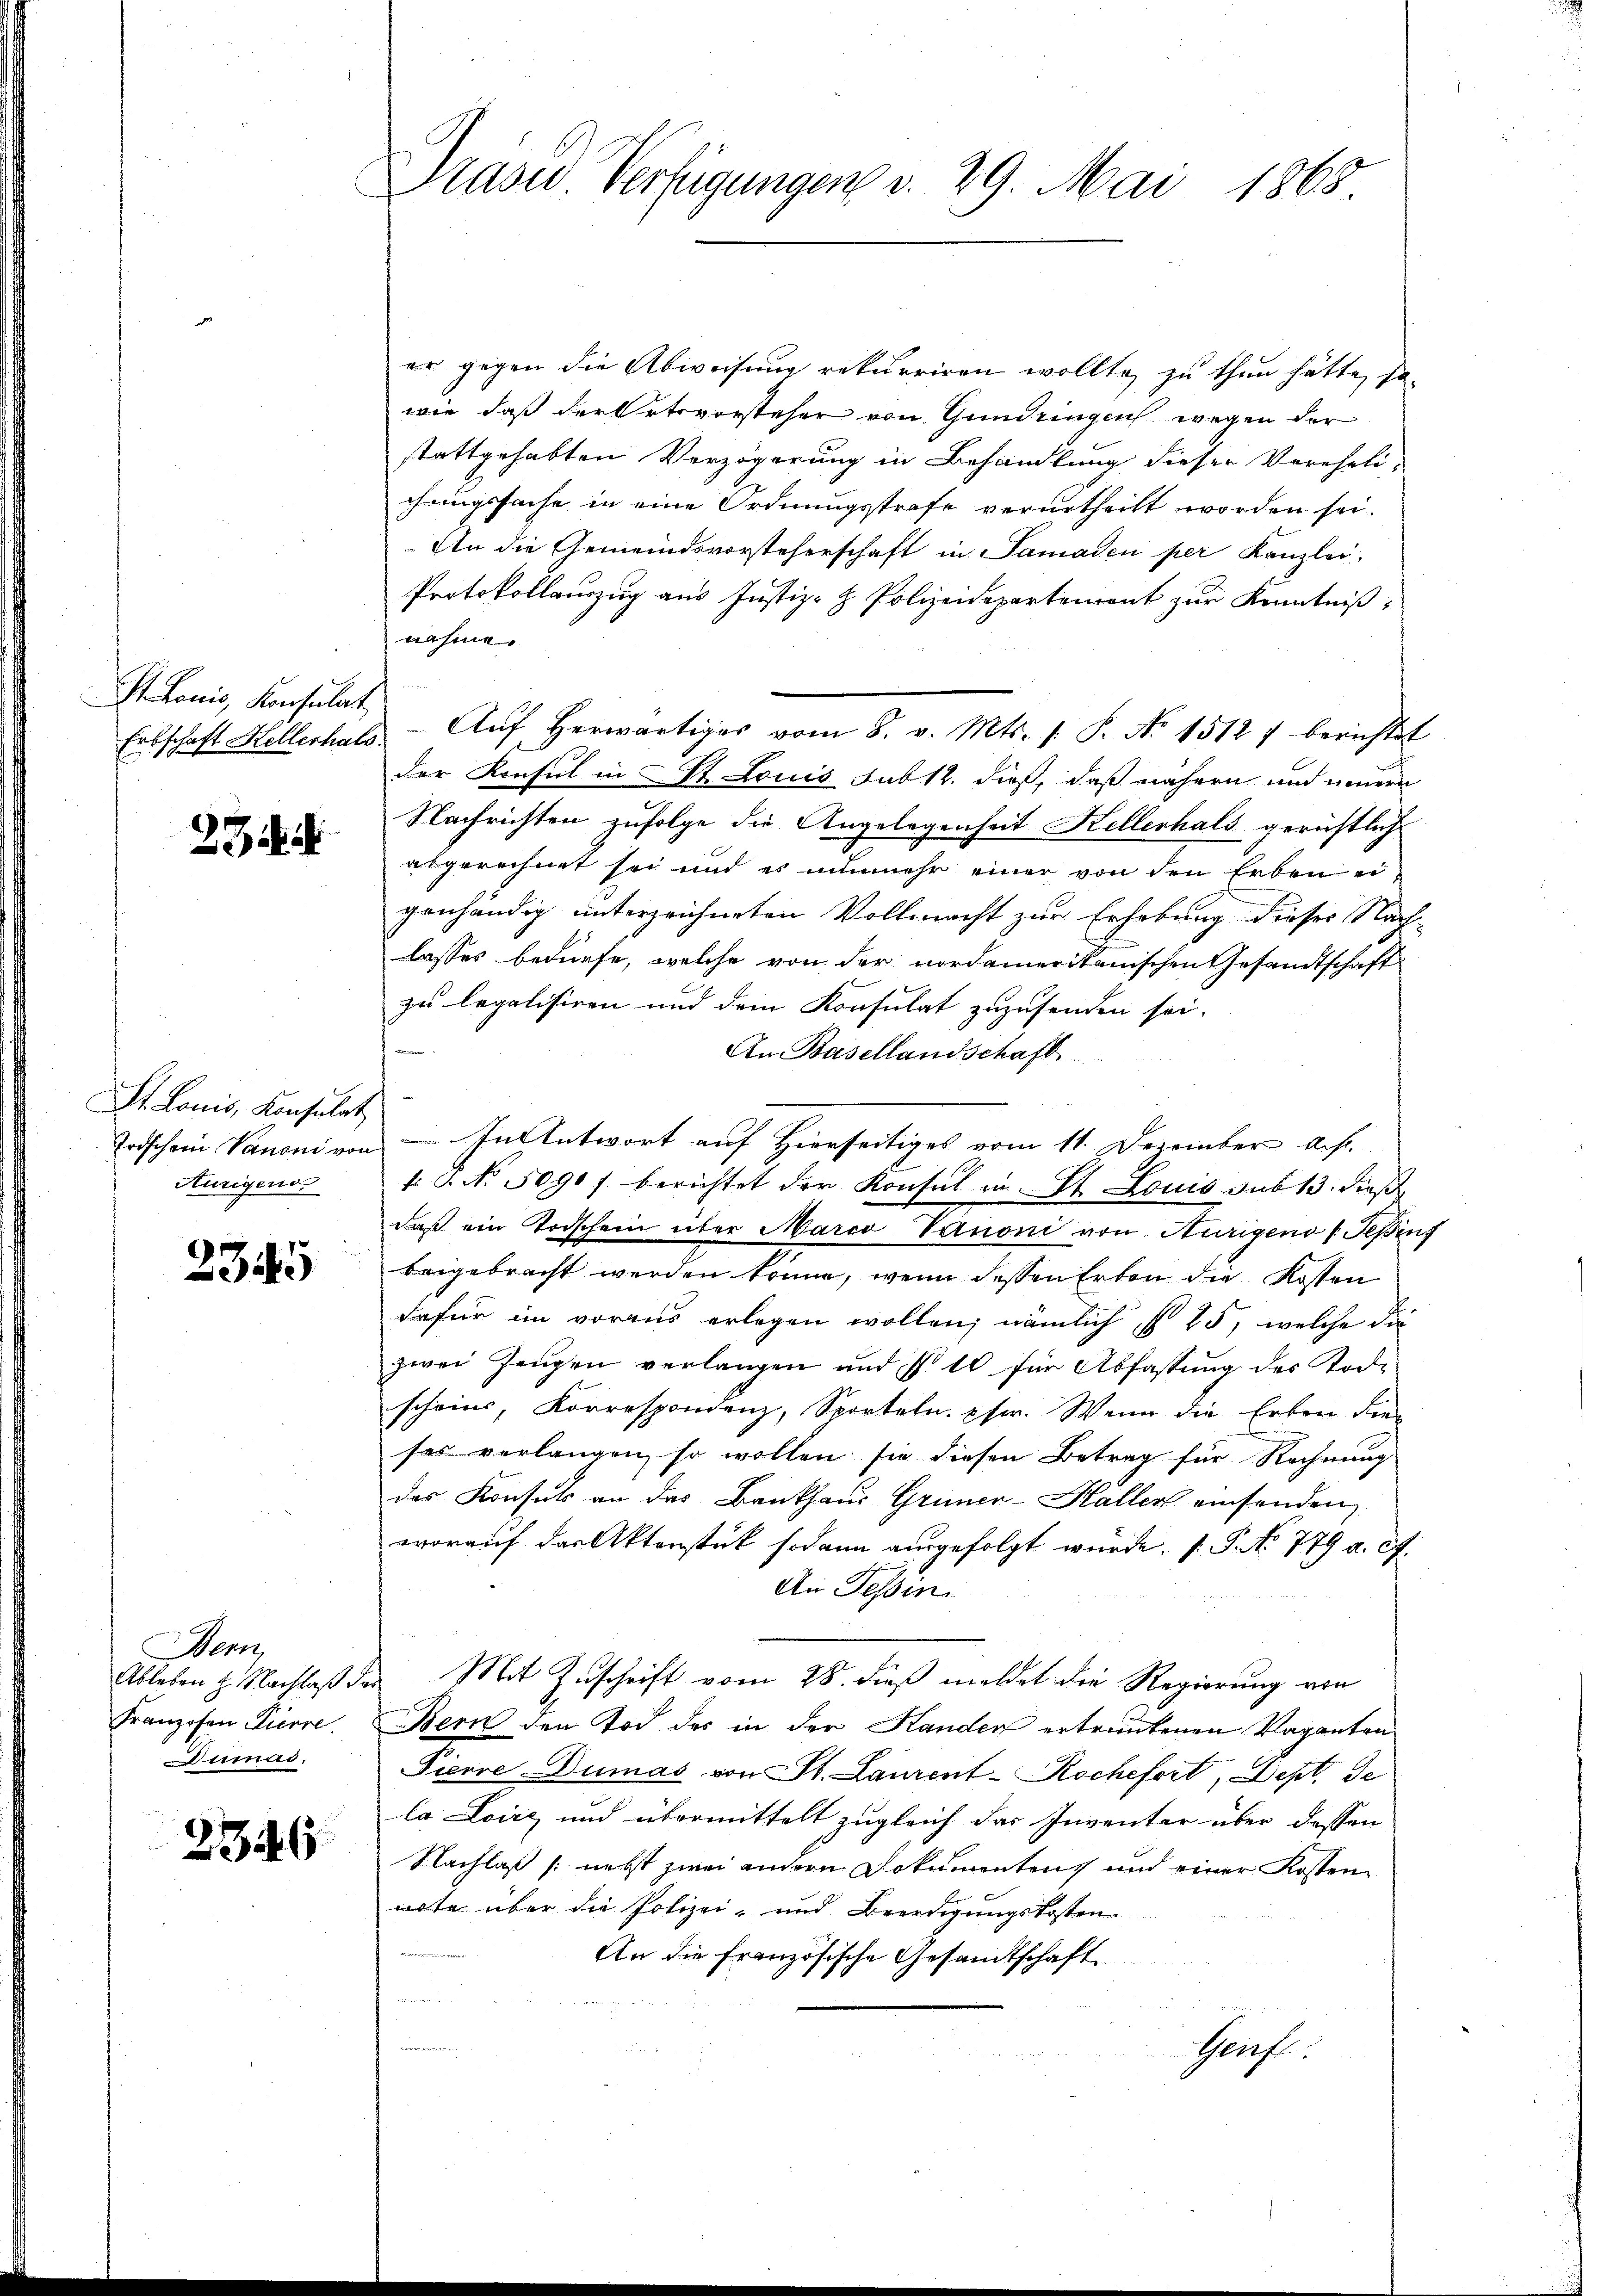
St. Louis, Konsulat

234

St. Louis, Konsulat
Aurigens.

2345

Bern,
Ableben H. Nachlaß de
Franzosen Pierre
Damas.

2346

Präses Verfügungen v. 29. Mai 1865.

er gegen die Abweisung rekurriren wollte, zu thun hätte, sowie, daß der Ortsvorsteher von Gundringen wegen der
stattgehabten Verzögerung in Behandlung dieser Vereheli-
chungssache in eine Ordnungsstrafe verurtheilt worden sei.
An die Gemeindsvorsteherschaft in Samaden per Kanzlei-
Protokollauszug aus Justiz- & Polizeidepartemont zur Kenntniß,
nahme.
Erbschaft Kellerhals Aŭf herwärtiges vom 8. v. Mts. /: P. Nr. 1512 7 berichtst
der Konsul in St. Louis sub 12. dieß, daß nähern und neuern
Nachrichten zufolge die Angelegenheit Kellerhals gerichtlich
abgerechnet sei und es nunmehr einer von den Erben eigenhändig unterzeichneten Vollmacht zur Erhebung dieser Nach-
lasses bedürfe, welche von der nordamerikanischen Gesandtschaft
zu legalisiren und dem Konsulat zuzusenden sei.
An Basellandschaft
Todschein Vanoni von — In Antwort auf Hierseitiges vom 11. Dezember Ah.
f No 1090 f berichtet der Konsul in St. Louis sub 13. dieß
daß ein Todschein über Marco Vanoni von Nürigend Gesinf
beigebracht werden könne, wenn dessen Erben die Kosten
dafür im voraus erlegen wollen; nämlich § 25, welche die
zwei Zeŭgen verlangen und § 10 für Abfassŭng des Tode
scheins, Korrespondenz, Sporteln. pr. Wenn die Erben die
ses verlangen, so wollen sie diesen Betrag für Rechnung
des Konsuls an das Bankhaus Gruner-Haller einsenden
worauf das Aktenstück sodann ausgefolgt wurde. (T. No 779 a. c.
An Tessin.
 Mit Zuschrift vom 28. dieß meldet die Regierung von
Bern den Tod des in der Handen ertrautenen Vaganten
Pierre Dumas von St. Laurent-Rochefort, Dept. de
la Loire und übermittelt zugleich das Inventer über dessen
Nachlaß (nebst zwei andern Dokumentens und einer Kosten
note über die Polizei- und Beerdigungskosten
An die französische Gesandtschaft
Graf.